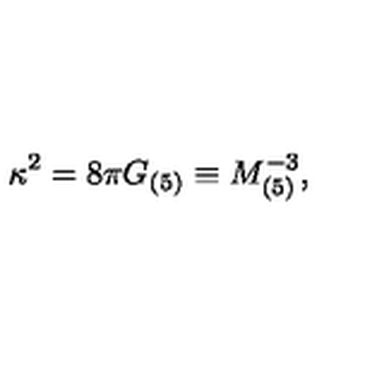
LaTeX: \kappa ^ { 2 } = 8 \pi G _ { ( 5 ) } \equiv M _ { ( 5 ) } ^ { - 3 } ,